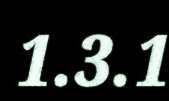
1.3.1